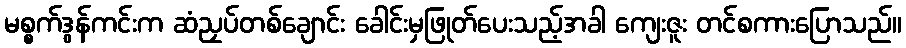
မစ္စက်ဒွန်ကင်းက ဆံညှပ်တစ်ချောင်း ခေါင်းမှဖြုတ်ပေးသည့်အခါ ကျေးဇူး တင်စကားပြောသည်။